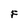
Character: F